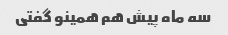
سه ماه پیش هم همینو گفتی